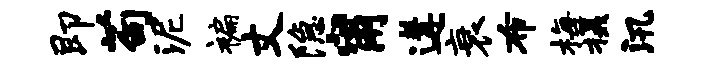
即苟泥褊丈隐甯遘衰布梅摄汛